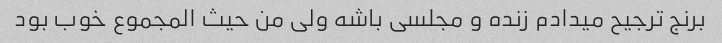
برنج ترجیح میدادم زنده و مجلسی باشه ولی من حیث المجموع خوب بود